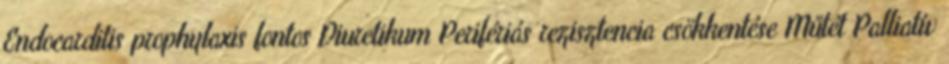
Endocarditis prophylaxis fontos Diuretikum Perifériás rezisztencia csökkentése Műtét Palliatív